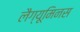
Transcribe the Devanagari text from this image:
लैग्यूमिनस